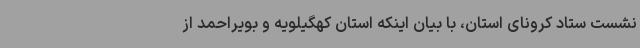
نشست ستاد کرونای استان، با بیان اینکه استان کهگیلویه و بویراحمد از